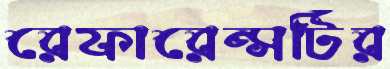
রেফারেন্সটির